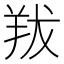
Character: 𦍱